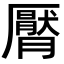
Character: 𣎩